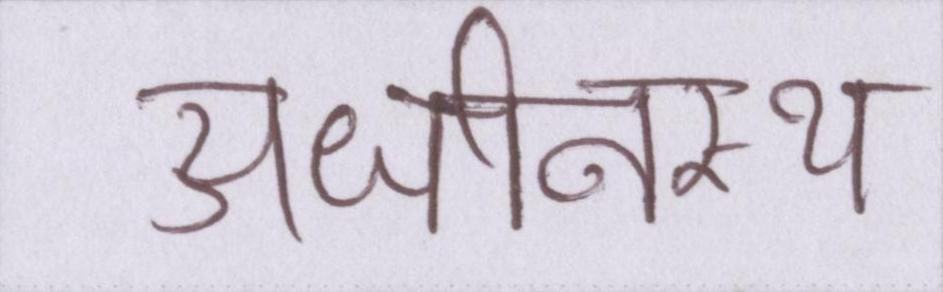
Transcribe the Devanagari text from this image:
अधीनस्थ